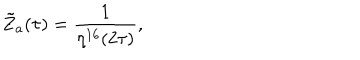
LaTeX: { \tilde { Z } } _ { a } ( \tau ) = \frac { 1 } { \eta ^ { 1 6 } ( 2 \tau ) } ,